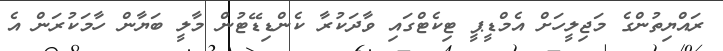
ރައްޔިތުންގެ މަޖިލީހަށް އެމްޑީޕީ ޓިކެޓްގައި ވާދަކުރާ ކެންޑިޑޭޓުން މާލީ ބަޔާން ހާމަކުރަން އެ